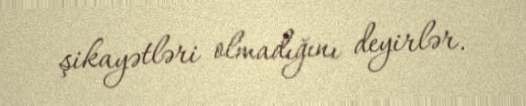
şikayətləri olmadığını deyirlər.